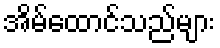
အိမ်ထောင်သည်များ